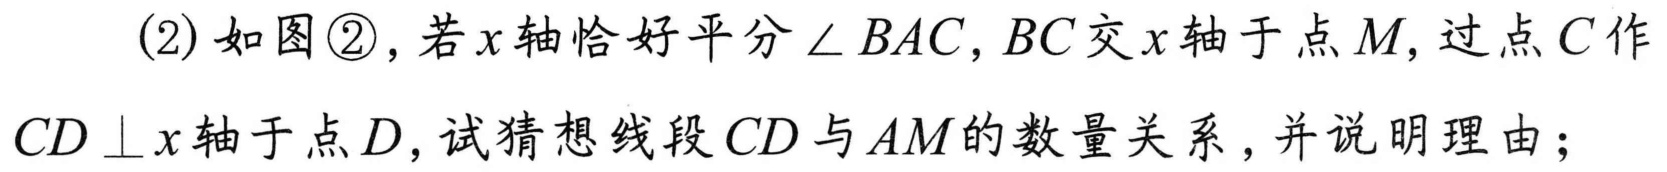
(2) 如图\textcircled{2}，若\(x\)轴恰好平分\(\angle BAC\)，\(BC\)交\(x\)轴于点\(M\)，过点\(C\)作\(CD\perp x\)轴于点\(D\)，试猜想线段\(CD\)与\(AM\)的数量关系，并说明理由；